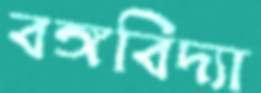
বঙ্গবিদ্যা